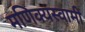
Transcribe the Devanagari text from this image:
मणिक्यस्वामी